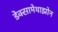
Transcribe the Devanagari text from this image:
डेक्सामेथाझोन